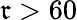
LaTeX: \mathfrak{r}>60